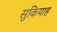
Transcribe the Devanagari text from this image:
सुकियाह